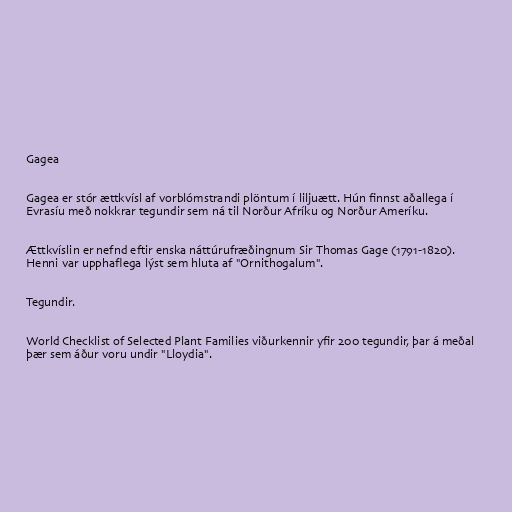
Gagea

Gagea er stór ættkvísl af vorblómstrandi plöntum í liljuætt. Hún finnst aðallega í
Evrasíu með nokkrar tegundir sem ná til Norður Afríku og Norður Ameríku.

Ættkvíslin er nefnd eftir enska náttúrufræðingnum Sir Thomas Gage (1791-1820).
Henni var upphaflega lýst sem hluta af "Ornithogalum".

Tegundir.

World Checklist of Selected Plant Families viðurkennir yfir 200 tegundir, þar á meðal
þær sem áður voru undir "Lloydia".